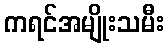
ကရင်အမျိုးသမီး